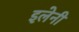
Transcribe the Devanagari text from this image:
इलेनी